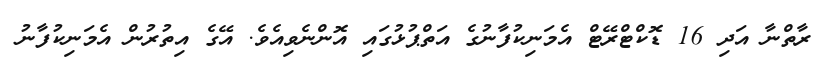
ރާތްނާ އަދި 16 ޑޮކްޓްރޭޓް އެމަނިކުފާނުގެ އަތްޕުޅުގައި އޮންނެވިއެވެ. އޭގެ އިތުރުން އެމަނިކުފާނު